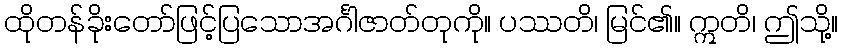
ထိုတန်ခိုးတော်ဖြင့်ပြသောအင်္ဂါဇာတ်တုကို။ ပဿတိ၊ မြင်၏။ ဣတိ၊ ဤသို့။